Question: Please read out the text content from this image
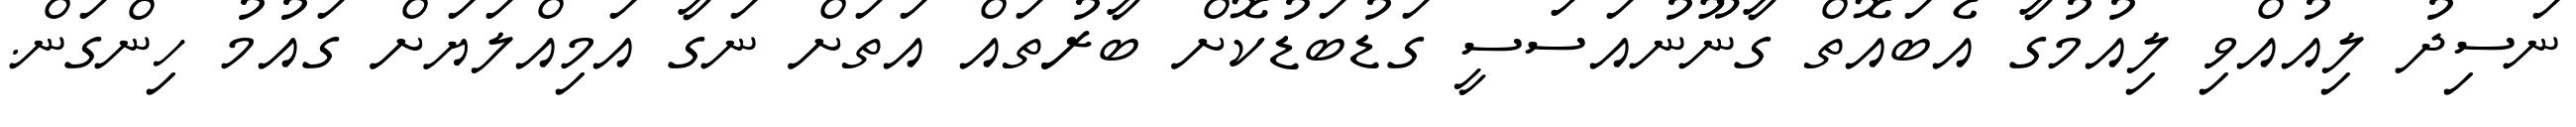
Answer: ނަސިދު ލިއުއްވި ލިއުމުގާ އެބައޮތް ގާނޫނުއަސަސީ ގަޑުބަޑުކޮށް ބާރުތައް އަތަށް ނަގާ އަމިއްލަޔަށް ގައުމު ހިންގަން.